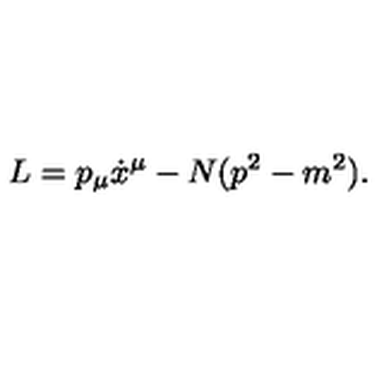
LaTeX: L = p _ { \mu } \dot { x } ^ { \mu } - N ( p ^ { 2 } - m ^ { 2 } ) .